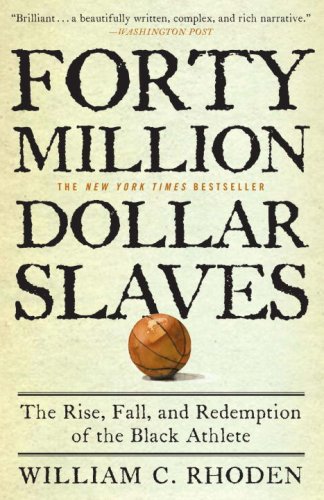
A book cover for Forty Million Dollar Slaves: The Rise, Fall, and Redemption of the Black Athlete; William C. Rhoden; Sports & Outdoors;